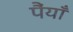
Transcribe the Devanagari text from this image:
पैंयाँ